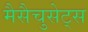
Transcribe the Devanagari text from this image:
मैसैचुसेट्स